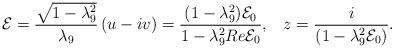
LaTeX: \begin{align*}{\cal E}=\frac{\sqrt{1-\lambda_9^2}}{\lambda_9}\left(u-iv\right)=\frac{(1-\lambda_9^2){\cal E}_0}{1-\lambda_9^2 Re {\cal E}_0},\;\;\;z=\frac{i}{\left(1-\lambda_9^2{\cal E}_0\right)}.\end{align*}